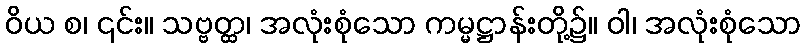
ဝိယ စ၊ ၎င်း။ သဗ္ဗတ္ထ၊ အလုံးစုံသော ကမ္မဋ္ဌာန်းတို့၌။ ဝါ၊ အလုံးစုံသော